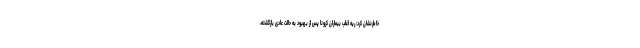
خاطرنشان کرد: ریه اغلب بیماران کرونا پس از بهبود به حالت عادی بازگشته،